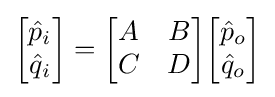
{\begin{bmatrix}{\hat {p}}_{i}\\{\hat {q}}_{i}\end{bmatrix}}={\begin{bmatrix}A&B\\C&D\end{bmatrix}}{\begin{bmatrix}{\hat {p}}_{o}\\{\hat {q}}_{o}\end{bmatrix}}